Vaccination North-Western Provinces and Oudh 1878-1895 - 1878-1895
Year: 1878
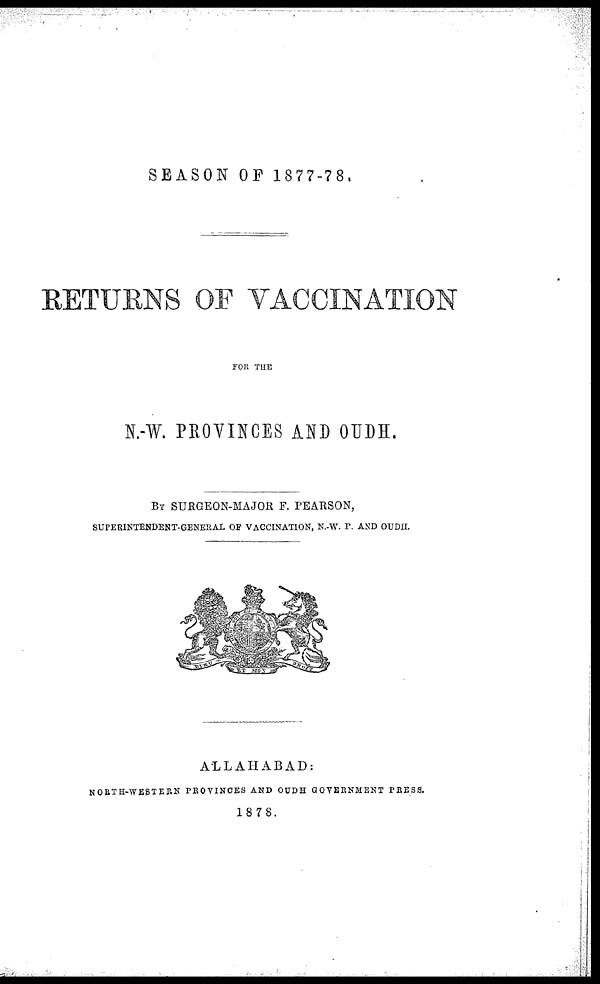
SEASON OF 1877-78.
RETURNS OF VACCINATION
FOR THE
N.-W. PROVINCES AND OUDH.
BY SURGEON-MAJOR F. PEARSON,
SUPERINTENDENT-GENERAL OF VACCINATION, N.-W. P. AND OUDH.
ALLAHABAD
NORTH-WESTERN PROVINCES AND OUDH GOVERNMENT PRESS.
1878.